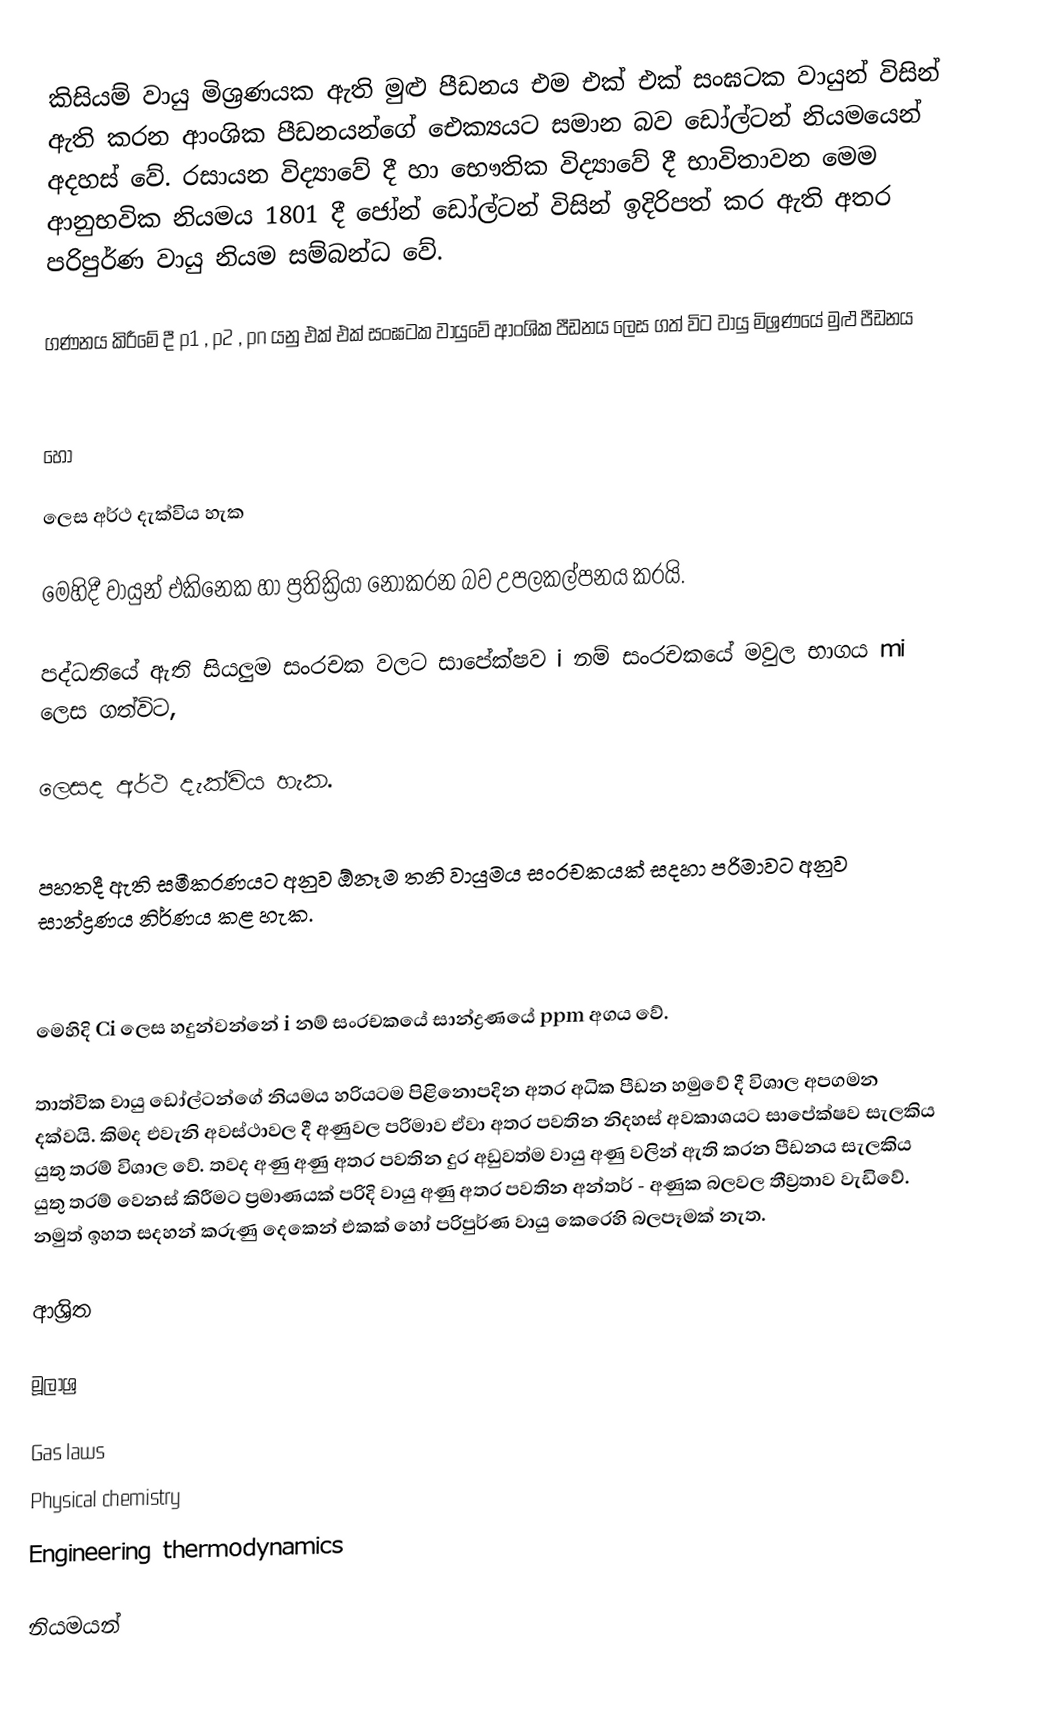
කිසියම් වායු මිශ්‍රණයක ඇති මුළු පීඩනය එම එක් එක් සංඝ‍ටක වායුන්  විසින් ඇති කරන ආංශික පීඩනයන්ගේ ‍ඓක්‍යයට සමාන බව ඩෝල්ටන් නියමයෙන් අදහස් වේ. රසායන විද්‍යාවේ දී හා භෞතික විද්‍යාවේ දී භාවිතාවන මෙම ආනුභවික නියමය 1801 දී ජෝන් ඩෝල්ටන් විසින් ඉදිරිපත් කර ඇති අතර පරිපුර්ණ වායු නියම සම්බන්ධ වේ.

ගණනය කිරීමේ දී p1 , p2 , pn  යනු එක් එක් සංඝටක වායුවේ ආංශික පීඩනය ලෙස ගත් විට වායු මිශ්‍රණයේ මුළු පීඩනය

හෝ

ලෙස අර්ථ දැක්විය හැක

මෙහිදී වායුන් එකිනෙක හා ප්‍රතික්‍රියා නොකරන බව උපලකල්පනය කරයි.

පද්ධතියේ ඇති සියලුම සංරචක වලට සාපේක්ෂව i  නම් සංරචකයේ මවුල භාගය mi  ලෙස ගත්විට,

	     ලෙසද අර්ථ දැක්විය හැක.

පහතදී ඇති සමීකරණයට අනුව ඕනෑම තනි වායුමය සංරචකයක් සදහා පරිමාවට අනුව සාන්ද්‍රණය නිර්ණය කළ හැක.

මෙහිදි  Ci  ලෙස හදුන්වන්නේ i  නම් සංරචක‍යේ සාන්ද්‍රණයේ  ppm  අගය වේ.

තාත්වික වායු ඩෝල්ටන්ගේ නියමය හරියටම පිළිනොපදින අතර අධික පීඩන හමුවේ දී විශාල අපගමන දක්වයි. කිමද එවැනි අවස්ථාවල දී අණුවල පරිමාව ඒවා අතර පවතින නිදහස් අවකාශයට සාපේක්ෂව සැලකිය යුතු තරම් විශාල ‍වේ. තවද අණු අණු අතර පවතින දුර අඩුවත්ම වායු අණු වලින් ඇති කරන පීඩනය සැලකිය යුතු තරම් වෙනස් කිරීමට ප්‍රමාණයක් පරිදි වායු අණු අතර පවතින අන්තර් - අණුක බලවල තීව්‍රතාව වැඩිවේ. නමුත් ඉහත සදහන් කරුණු දෙකෙන් එකක් හෝ පරිපුර්ණ වායු කෙරෙහි බලපෑමක් නැත.

ආශ්‍රිත

මූලාශ්‍ර

Gas laws
Physical chemistry
Engineering thermodynamics

නියමයන්